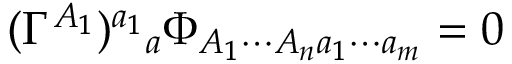
( \Gamma ^ { A _ { 1 } } ) ^ { a _ { 1 } } { } _ { a } \Phi _ { A _ { 1 } \cdots A _ { n } a _ { 1 } \cdots a _ { m } } = 0